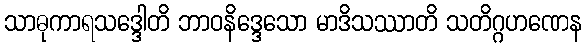
သာဓုကာရသဒ္ဒေါတိ ဘာဝနိဒ္ဒေသော မာဒိသဿာတိ သတိဂ္ဂဟဏေန